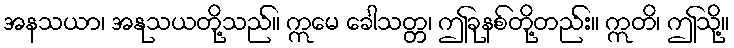
အနသယာ၊ အနုသယတို့သည်။ ဣမေ ခေါသတ္တ၊ ဤခုနစ်တို့တည်း။ ဣတိ၊ ဤသို့။